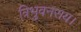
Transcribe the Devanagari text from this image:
त्रिभुवनराय।